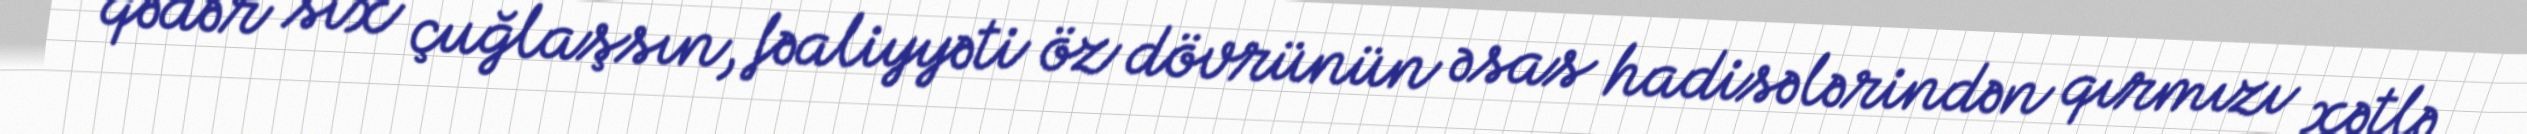
qədər sıx çuğlaşsın, fəaliyyəti öz dövrünün əsas hadisələrindən qırmızı xətlə